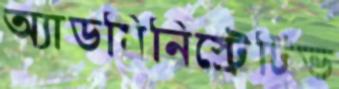
অ্যাডমিনিস্ট্রেটিভ